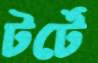
টর্টে